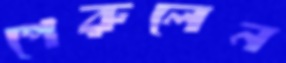
পেরুলেন